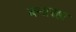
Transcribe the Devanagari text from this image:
बनारहा